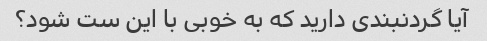
آیا گردنبندی دارید که به خوبی با این ست شود؟